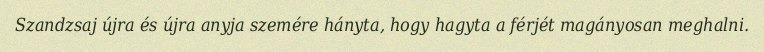
Szandzsaj újra és újra anyja szemére hányta, hogy hagyta a férjét magányosan meghalni.